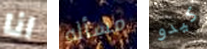
انا مسأله كيدو